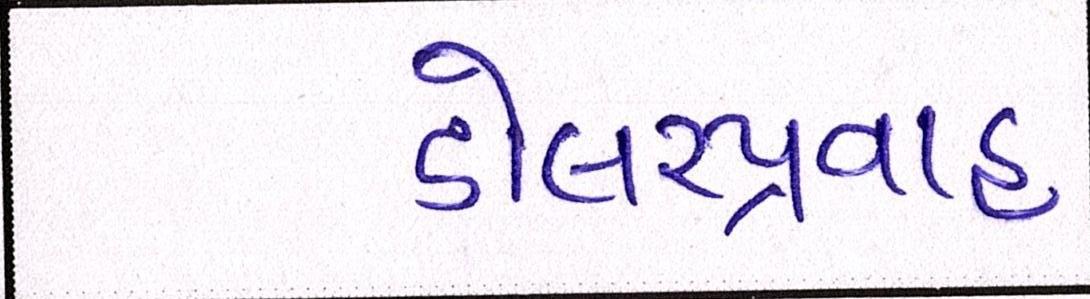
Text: ડોલરપ્રવાહ